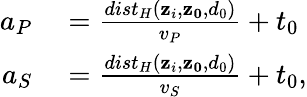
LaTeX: \begin{array}{rl}{a_{P}}&{{}=\frac{dist_{H}(\mathbf{z}_{i},\mathbf{z_{0}},d_{0})}{v_{P}}+t_{0}}\\ {a_{S}}&{{}=\frac{dist_{H}(\mathbf{z}_{i},\mathbf{z_{0}},d_{0})}{v_{S}}+t_{0},}\end{array}